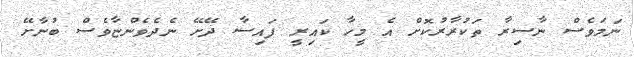
ނަމަވެސް ނާސިރާ ތަކުރާރުކޮށް އެ މީހާ ކައިރީ ފައިސާ ދޭށޭ ނެދެވެންޏާވެސް ބުނާށޭ